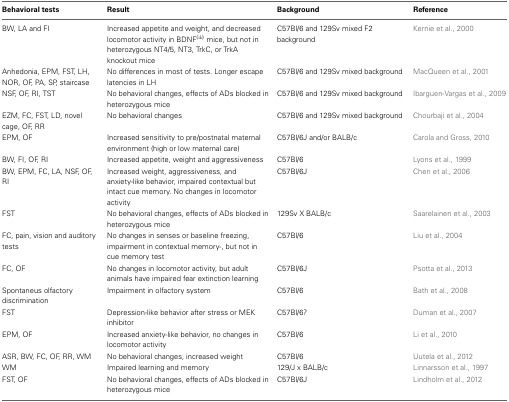
<table><thead><tr><td><b>Behavioral tests</b></td><td><b>Result</b></td><td><b>Background</b></td><td><b>Reference</b></td></tr></thead><tbody><tr><td>BW, LA and FI</td><td>Increased appetite and weight, and decreased locomotor activity in BDNF<sup>(±)</sup> mice, but not in heterozygous NT4/5, NT3, TrkC, or TrkA knockout mice</td><td>C57Bl/6 and 129Sv mixed F2 background</td><td>Kernie et al., 2000</td></tr><tr><td>Anhedonia, EPM, FST, LH, NOR, OF, PA, SP, staircase</td><td>No differences in most of tests. Longer escape latencies in LH</td><td>C57Bl/6 and 129Sv mixed background</td><td>MacQueen et al., 2001</td></tr><tr><td>NSF, OF, RI, TST</td><td>No behavioral changes, effects of ADs blocked in heterozygous mice</td><td>C57Bl/6 and 129Sv mixed background</td><td>Ibarguen-Vargas et al., 2009</td></tr><tr><td>EZM, FC, FST, LD, novel cage, OF, RR</td><td>No behavioral changes</td><td>C57Bl/6 and 129Sv mixed background</td><td>Chourbaji et al., 2004</td></tr><tr><td>EPM, OF</td><td>Increased sensitivity to pre/postnatal maternal environment (high or low maternal care)</td><td>C57Bl/6J and/or BALB/c</td><td>Carola and Gross, 2010</td></tr><tr><td>BW, FI, OF, RI</td><td>Increased appetite, weight and aggressiveness</td><td>C57Bl/6</td><td>Lyons et al., 1999</td></tr><tr><td>BW, EPM, FC, LA, NSF, OF, RI</td><td>Increased weight, aggressiveness, and anxiety-like behavior, impaired contextual but intact cue memory. No changes in locomotor activity</td><td>C57Bl/6J</td><td>Chen et al., 2006</td></tr><tr><td>FST</td><td>No behavioral changes, effects of ADs blocked in heterozygous mice</td><td>129Sv X BALB/c</td><td>Saarelainen et al., 2003</td></tr><tr><td>FC, pain, vision and auditory tests</td><td>No changes in senses or baseline freezing, impairment in contextual memory-, but not in cue memory test</td><td>C57Bl/6</td><td>Liu et al., 2004</td></tr><tr><td>FC, OF</td><td>No changes in locomotor activity, but adult animals have impaired fear extinction learning</td><td>C57Bl/6J</td><td>Psotta et al., 2013</td></tr><tr><td>Spontaneus olfactory discrimination</td><td>Impairment in olfactory system</td><td>C57Bl/6</td><td>Bath et al., 2008</td></tr><tr><td>FST</td><td>Depression-like behavior after stress or MEK inhibitor</td><td>C57Bl/6?</td><td>Duman et al., 2007</td></tr><tr><td>EPM, OF</td><td>Increased anxiety-like behavior, no changes in locomotor activity</td><td>C57Bl/6</td><td>Li et al., 2010</td></tr><tr><td>ASR, BW, FC, OF, RR, WM</td><td>No behavioral changes, increased weight</td><td>C57Bl/6</td><td>Uutela et al., 2012</td></tr><tr><td>WM</td><td>Impaired learning and memory</td><td>129/J x BALB/c</td><td>Linnarsson et al., 1997</td></tr><tr><td>FST, OF</td><td>No behavioral changes, effects of ADs blocked in heterozygous mice</td><td>C57Bl/6J</td><td>Lindholm et al., 2012</td></tr></tbody></table>